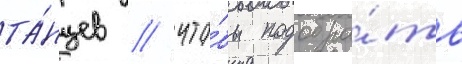
та́нцев / что́бы подобра́ть